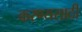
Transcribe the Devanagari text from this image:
करण्यसाठी